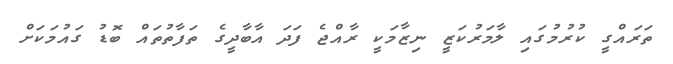
ތަރައްގީ ކުރުމުގައި ލާމަރުކަޒީ ނިޒާމަކީ ރާއްޖެ ފަދަ އާބާދީގެ ތަފާތުތައް ބޮޑު ގައުމަކަށް